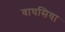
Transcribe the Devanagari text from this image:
वाघसिया